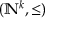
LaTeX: ( \mathbb { N } ^ { k } , \leq )